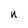
Character: U